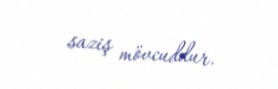
saziş mövcuddur.